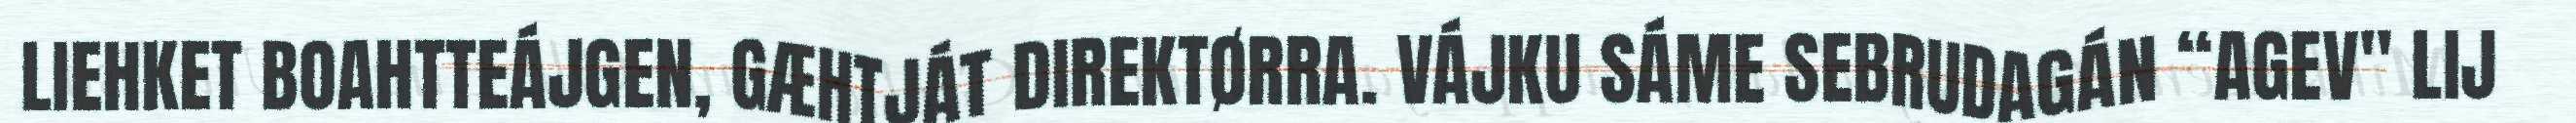
LIEHKET BOAHTTEÁJGEN, GÆHTJÁT DIREKTØRRA. VÁJKU SÁME SEBRUDAGÁN “AGEV" LIJ